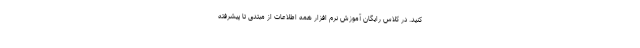
کنید. در کلاس رایگان آموزش نرم افزار همه اطلاعات از مبتدی تا پیشرفته